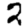
Digit: 2